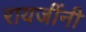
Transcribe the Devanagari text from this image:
रायजींनी